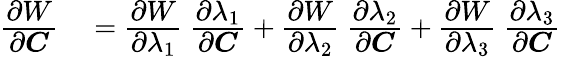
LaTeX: \begin{array}{rl}{{\cfrac{\partial W}{\partial{\boldsymbol{C}}}}}&{{}={\cfrac{\partial W}{\partial\lambda_{1}}}~{\cfrac{\partial\lambda_{1}}{\partial{\boldsymbol{C}}}}+{\cfrac{\partial W}{\partial\lambda_{2}}}~{\cfrac{\partial\lambda_{2}}{\partial{\boldsymbol{C}}}}+{\cfrac{\partial W}{\partial\lambda_{3}}}~{\cfrac{\partial\lambda_{3}}{\partial{\boldsymbol{C}}}}}\end{array}